Vaccination in Burma 1912-1922 - 1912-1922
Year: 1912
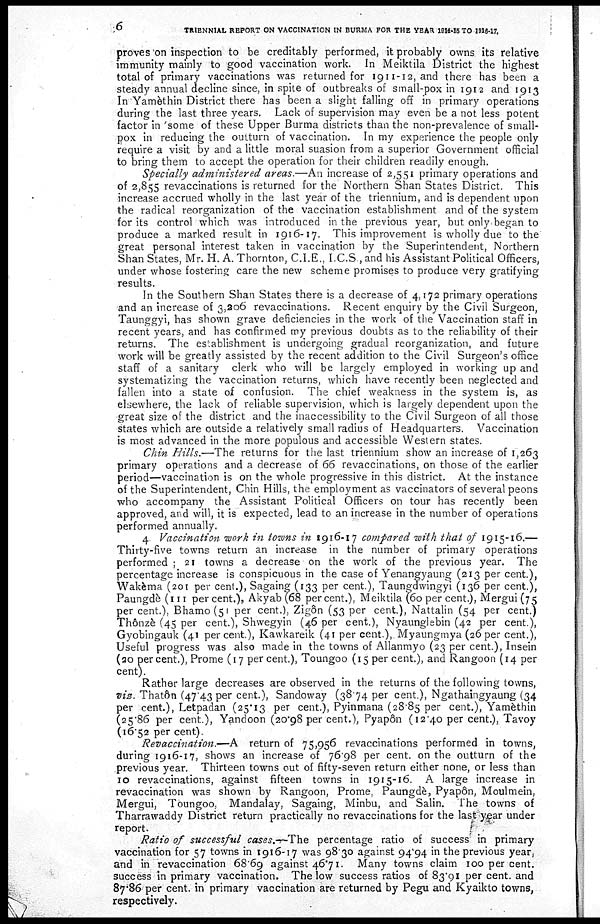
6
TRIENNIAL REPORT ON VACCINATION IN BURMA FOR THE YEAR 1914-15 TO 1916-17.
proves on inspection to be creditably performed, it probably owns, its relative
immunity mainly to good vaccination work. In Meiktila District the highest
total of primary vaccinations was returned for 1911-12, and there has been a
steady annual decline since, in spite of outbreaks of small-pox in 1912 and 1913
In Yamèthin District there has been a slight falling off in primary operations
during the last three years. Lack of supervision may even be a not less potent
factor in some of these Upper Burma districts than the non-prevalence of small-
pox in reducing the outturn of vaccination. In my experience the people only
require a visit by and a little moral suasion from a superior Government official
to bring them to accept the operation for their children readily enough.
Specially administered areas.—An increase of 2,551 primary operations and
of 2,855 revaccinations is returned for the Northern Shan States District. This
increase accrued wholly in the last year of the triennium, and is dependent upon
the radical reorganization of the vaccination establishment and of the system
for its control which was introduced in the previous year, but only began to
produce a marked result in 1916-17. This improvement is wholly due to the
great personal interest taken in vaccination by the Superintendent, Northern
Shan States, Mr. H. A. Thornton, C.I.E., I.C.S , and his Assistant Political Officers,
under whose fostering care the new scheme promises to produce very gratifying
results.
In the Southern Shan States there is a decrease of 4,172 primary operations
and an increase of 3,206 revaccinations. Recent enquiry by the Civil Surgeon,
Taunggyi, has shown grave deficiencies in the work of the Vaccination staff in
recent years, and has confirmed my previous doubts as to the reliability of their
returns. The establishment is undergoing gradual reorganization, and future
work will be greatly assisted by the recent addition to the Civil Surgeon's office
staff of a sanitary clerk who will be largely employed in working up and
systematizing the vaccination returns, which have recently been neglected and
fallen into a state of confusion. The chief weakness in the system is, as
elsewhere, the lack of reliable supervision, which is largely dependent upon the
great size of the district and the inaccessibility to the Civil Surgeon of all those
states which are outside a relatively small radius of Headquarters. Vaccination
is most advanced in the more populous and accessible Western states.
Chin Hills.—The returns for the last triennium show an increase of 1,263
primary operations and a decrease of 66 revaccinations, on those of the earlier
period—vaccination is on the whole progressive in this district. At the instance
of the Superintendent, Chin Hills, the employment as vaccinators of several peons
who accompany the Assistant Political Officers on tour has recently been
approved, and will, it is expected, lead to an increase in the number of operations
performed annually.
4. Vaccination work in towns in 1916-17 compared with that of 1915-16.—
Thirty-five towns return an increase in the number of primary operations
performed ; 21 towns a decrease on the work of the previous year. The
percentage increase is conspicuous in the case of Yenangyaung (213 per cent.),
Wakèma (201 per cent.), Sagaing (133 per cent.), Taungdwingyi (136 per cent.),
Paungdè (111 per cent.), Akyab (68 per cent.), Meiktila (60 per cent.), Mergui (75
per cent.), Bhamo(51 per cent.), Zigôn (53 per cent.), Nattalin (54 per cent.)
Thônzè (45 per cent.), Shwegyin (46 per cent.), Nyaunglebin (42 per cent.),
Gyobingauk (41 per cent.), Kawkareik (41 per cent.), Myaungmya (26 per cent.),
Useful progress was also made in the towns of Allanmyo (23 per cent.), Insein
(20 per cent.), Prome (17 per cent.), Toungoo (15 per cent.), and Rangoon (14 per
cent).
Rather large decreases are observed in the returns of the following towns,
viz. Thatôn (47.43 per cent.), Sandoway (38.74 per cent.), Ngathaingyaung (34
per cent.), Letpadan (25.13 per cent.), Pyinmana (28.85 per cent.), Yamèthin
(25.86 per cent.), Yandoon (20.98 per cent.), Pyapôn (12.40 per cent.), Tavoy
(16.52 per cent).
Revaccination.—A return of 75,956 revaccinations performed in towns,
during 1916-17, shows an increase of 76.98 per cent. on the outturn of the
previous year. Thirteen towns out of fifty-seven return either none, or less than
10 revaccinations, against fifteen towns in 1915-16. A large increase in
revaccination was shown by Rangoon, Prome, Paungdè, Pyapôn, Moulmein,
Mergui, Toungoo, Mandalay, Sagaing, Minbu, and Salin. The towns of
Tharrawaddy District return practically no revaccinations for the last year under
report.
Ratio of successful cases.—The percentage ratio of success in primary
vaccination for 57 towns in 1916-17 was 98.30 against 94.94 in the previous year,
and in revaccination 68.69 against 46.71. Many towns claim 100 per cent.
success in primary vaccination. The low success ratios of 83.91 per cent. and
87.86 per cent. in primary vaccination are returned by Pegu and Kyaikto towns,
respectively.